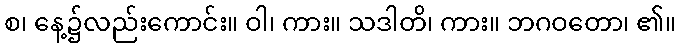
စ၊ နေ့၌လည်းကောင်း။ ဝါ၊ ကား။ သဒါတိ၊ ကား။ ဘဂဝတော၊ ၏။